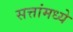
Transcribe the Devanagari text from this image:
सत्तांमध्ये